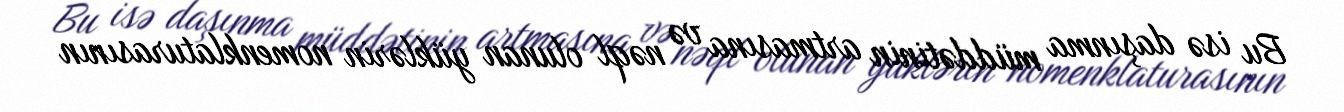
Bu isə daşınma müddətinin artmasına və nəql olunan yüklərin nomenklaturasının